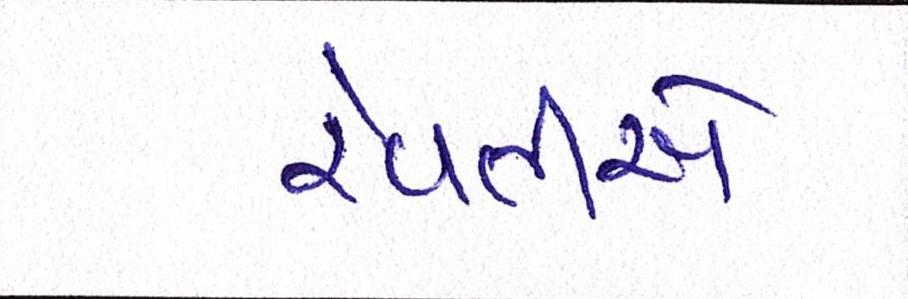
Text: રેવતીએ